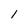
Character: 1